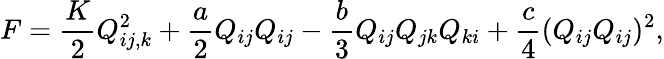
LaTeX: F=\frac{K}{2}Q_{ij,k}^{2}+\frac{a}{2}Q_{ij}Q_{ij}-\frac{b}{3}Q_{ij}Q_{jk}Q_{ki}+\frac{c}{4}(Q_{ij}Q_{ij})^{2},